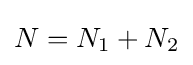
N=N_{1}+N_{2}